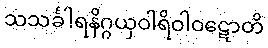
သသင်္ခါရနိဂ္ဂယှဝါရိဝါဝဋောတိ